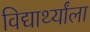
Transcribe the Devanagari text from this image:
विद्यार्थ्यांला